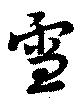
雪